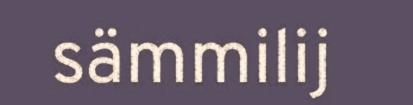
sämmilij